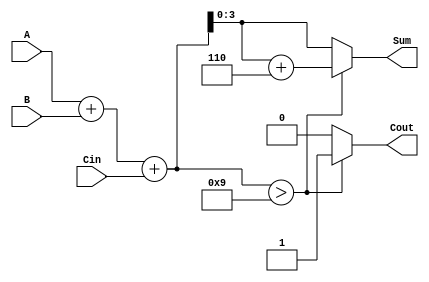
module BCD_Parallel_Adder (
    input  [3:0] A,        // First BCD digit
    input  [3:0] B,        // Second BCD digit
    input        Cin,      // Carry-in
    output reg [3:0] Sum,  // Resulting BCD digit
    output reg Cout        // Carry-out
);

    wire [4:0] S;          // Intermediate sum (5 bits to accommodate overflow)
    
    // Step 1: Compute the initial sum of A, B, and Cin
    assign S = A + B + Cin;

    // Step 2: Check if correction is needed (if S > 9)
    always @(*) begin
        if (S > 5'b01001) begin // S > 9
            Sum = S[3:0] + 4'b0110; // Add 6 for BCD correction
            Cout = 1'b1; // Set carry-out
        end else begin
            Sum = S[3:0]; // No correction needed
            Cout = 1'b0; // No carry-out
        end
    end

endmodule